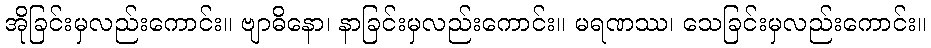
အိုခြင်းမှလည်းကောင်း။ ဗျာဓိနော၊ နာခြင်းမှလည်းကောင်း။ မရဏဿ၊ သေခြင်းမှလည်းကောင်း။